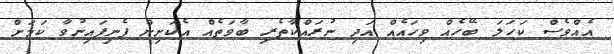
އެއްވެސް ކަހަލަ ބޭހެއް ވިހައެއް އަދި ނުރައްކާތެރި ބާވަތެއް އެކަށިން ފެނިފައިނުވާ ކަމަށް